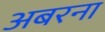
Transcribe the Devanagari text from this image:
अबरना